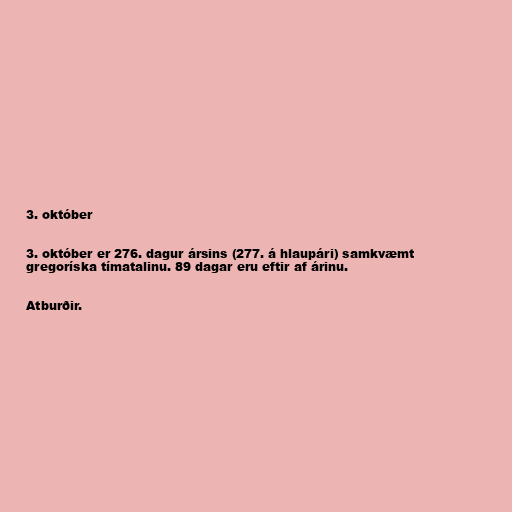
3. október

3. október er 276. dagur ársins (277. á hlaupári) samkvæmt
gregoríska tímatalinu. 89 dagar eru eftir af árinu.

Atburðir.